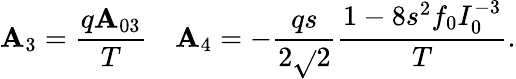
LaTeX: \mathbf{A}_{3}={\frac{{q\mathbf{A}_{03}}}{{T}}}\ \ \ \ \mathbf{A}_{4}=-{\frac{{qs}}{{2\sqrt{}{2}}}}{\frac{{1-8s^{2}f_{0}I_{0}^{-3}}}{{T}}}.